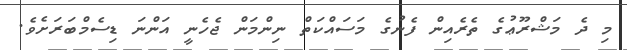
މި ދެ މަޝްރޫޢުގެ ތެރެއިން ފެނުގެ މަސައްކަތް ނިންމަން ޖެހެނީ އަންނަ ޑިސެމްބަރަށެވެ.